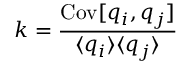
k = \frac { \mathrm { C o v } [ q _ { i } , q _ { j } ] } { \langle q _ { i } \rangle \langle q _ { j } \rangle }